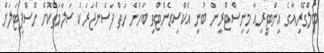
ބަލްގޭރިއާގެ އިންޓީރިއާ މިނިސްޓްރީން ބުނީ އެކްސިޑެންޓްވި ބަހުން ހަތް ފަސެންޖަރަކު ސަލާމަތްކޮށް ހޮސްޕިޓަލަށް